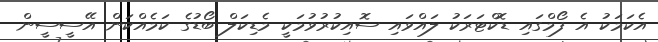
އެކަމަކު އެ ފޯމްގައި ޑޮކްޓަރަކު ލައްވައި ސޮއިކުރުވުމަކީ މެޑިކަލް ބޯޑުގެ ކަމެއްކަން އޭސީސީން